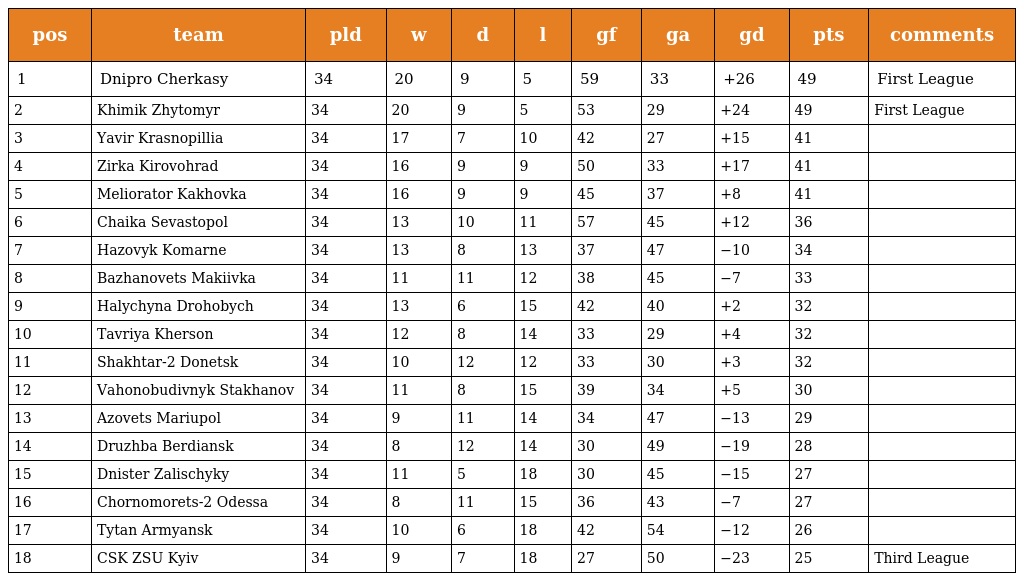
| pos | team | pld | w | d | l | gf | ga | gd | pts | comments |
 | --- | --- | --- | --- | --- | --- | --- | --- | --- | --- | --- |
 | 1 | Dnipro Cherkasy | 34 | 20 | 9 | 5 | 59 | 33 | +26 | 49 | First League |
 | 2 | Khimik Zhytomyr | 34 | 20 | 9 | 5 | 53 | 29 | +24 | 49 | First League |
 | 3 | Yavir Krasnopillia | 34 | 17 | 7 | 10 | 42 | 27 | +15 | 41 |  |
 | 4 | Zirka Kirovohrad | 34 | 16 | 9 | 9 | 50 | 33 | +17 | 41 |  |
 | 5 | Meliorator Kakhovka | 34 | 16 | 9 | 9 | 45 | 37 | +8 | 41 |  |
 | 6 | Chaika Sevastopol | 34 | 13 | 10 | 11 | 57 | 45 | +12 | 36 |  |
 | 7 | Hazovyk Komarne | 34 | 13 | 8 | 13 | 37 | 47 | −10 | 34 |  |
 | 8 | Bazhanovets Makiivka | 34 | 11 | 11 | 12 | 38 | 45 | −7 | 33 |  |
 | 9 | Halychyna Drohobych | 34 | 13 | 6 | 15 | 42 | 40 | +2 | 32 |  |
 | 10 | Tavriya Kherson | 34 | 12 | 8 | 14 | 33 | 29 | +4 | 32 |  |
 | 11 | Shakhtar-2 Donetsk | 34 | 10 | 12 | 12 | 33 | 30 | +3 | 32 |  |
 | 12 | Vahonobudivnyk Stakhanov | 34 | 11 | 8 | 15 | 39 | 34 | +5 | 30 |  |
 | 13 | Azovets Mariupol | 34 | 9 | 11 | 14 | 34 | 47 | −13 | 29 |  |
 | 14 | Druzhba Berdiansk | 34 | 8 | 12 | 14 | 30 | 49 | −19 | 28 |  |
 | 15 | Dnister Zalischyky | 34 | 11 | 5 | 18 | 30 | 45 | −15 | 27 |  |
 | 16 | Chornomorets-2 Odessa | 34 | 8 | 11 | 15 | 36 | 43 | −7 | 27 |  |
 | 17 | Tytan Armyansk | 34 | 10 | 6 | 18 | 42 | 54 | −12 | 26 |  |
 | 18 | CSK ZSU Kyiv | 34 | 9 | 7 | 18 | 27 | 50 | −23 | 25 | Third League |